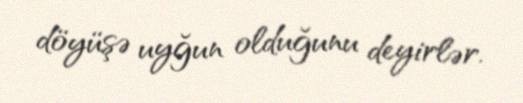
döyüşə uyğun olduğunu deyirlər.